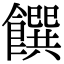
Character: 饌